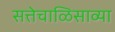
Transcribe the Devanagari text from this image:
सत्तेचाळिसाव्या